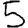
Digit: 5